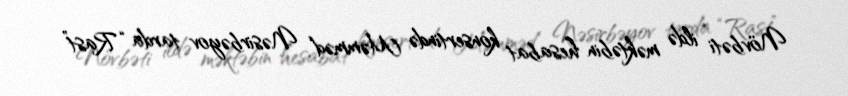
Növbəti ildə məktəbin hesabat konsertində Məmməd Nəsirbəyov tarda “Rast”